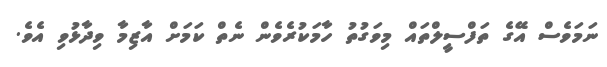
ނަމަވެސް އޭގެ ތަފްސީލްތައް މިވަގުތު ހާމަކުރެވެން ނެތް ކަމަށް އާޒިމާ ވިދާޅުވި އެވެ.